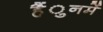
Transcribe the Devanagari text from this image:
हैंुनमें